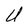
Character: U